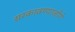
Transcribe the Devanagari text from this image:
सरकावण्याजोगे